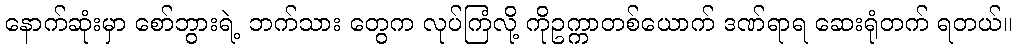
နောက်ဆုံးမှာ စော်ဘွားရဲ့ ဘက်သား တွေက လုပ်ကြံလို့ ကိုဥက္ကာတစ်ယောက် ဒဏ်ရာရ ဆေးရုံတက် ရတယ်။